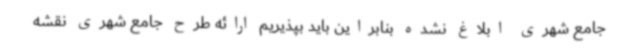
جامع شهری ابلاغ نشده بنابراین باید بپذیریم ارائه طرح جامع شهری نقشه